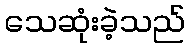
သေဆုံးခဲ့သည်